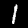
Digit: 1